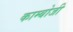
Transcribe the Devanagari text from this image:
काम्बोजी